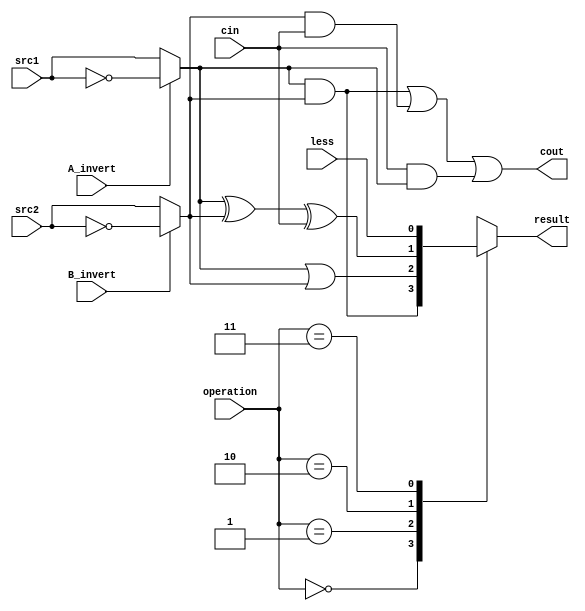
`timescale 1ns/1ps

//////////////////////////////////////////////////////////////////////////////////
// Company: 
// Engineer: 
// 
// Design Name: 
// Module Name:    alu_top 
// Project Name: 
// Target Devices: 
// Tool versions: 
// Description: 
//
// Dependencies: 
//
// Revision: 
// Revision 0.01 - File Created
// Additional Comments: 
//
//////////////////////////////////////////////////////////////////////////////////

module alu_top(
   src1,       //1 bit source 1 (input)
   src2,       //1 bit source 2 (input)
   less,       //1 bit less     (input)
   A_invert,   //1 bit A_invert (input)
   B_invert,   //1 bit B_invert (input)
   cin,        //1 bit carry in (input)
   operation,  //operation      (input)
   result,     //1 bit result   (output)
   cout,       //1 bit carry out(output)
   );

input src1;
input src2;
input less;
input A_invert;
input B_invert;
input cin;
input [2-1:0] operation;

output reg result;
output cout;

reg r;
wire src1_temp;
wire src2_temp;

assign cout = (src1_temp & src2_temp) | (src2_temp & cin) | (cin & src1_temp);

assign src1_temp = A_invert ? !src1 : src1;
assign src2_temp = B_invert ? !src2 : src2;


always@(*)
begin
	case(operation)
		2'b00: // And
			result <= src1_temp & src2_temp;
		2'b01: // Or
			result <= src1_temp | src2_temp;
		2'b10: // Addition
			result <= src1_temp ^ src2_temp ^ cin;
		2'b11: // Less
			result <= less;
	endcase
end

endmodule